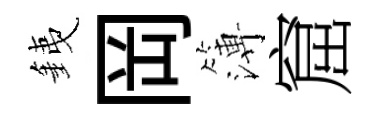
銕岡簿窟